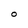
Character: O